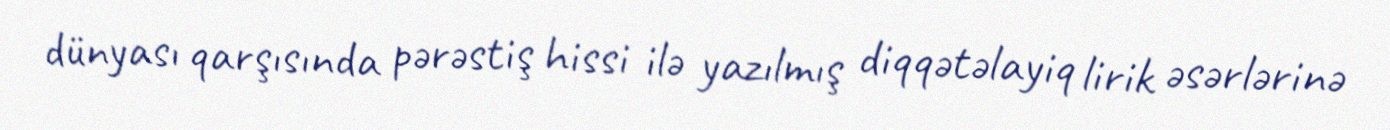
dünyası qarşısında pərəstiş hissi ilə yazılmış diqqətəlayiq lirik əsərlərinə